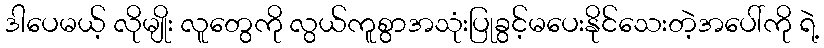
ဒါပေမယ့် လိုမျိုး လူတွေကို လွယ်ကူစွာအသုံးပြုခွင့်မပေးနိုင်သေးတဲ့အပေါ်ကို ရဲ့